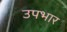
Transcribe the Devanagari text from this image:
उपभार